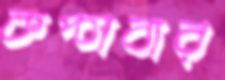
কপ্‌চাবার